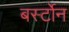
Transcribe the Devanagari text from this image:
बर्स्टोन